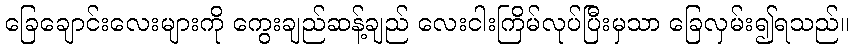
ခြေချောင်းလေးများကို ကွေးချည်ဆန့်ချည် လေးငါးကြိမ်လုပ်ပြီးမှသာ ခြေလှမ်း၍ရသည်။